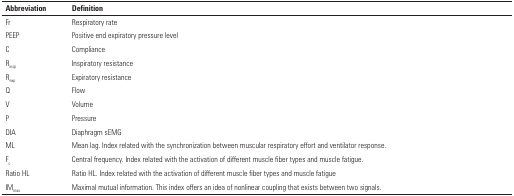
<table><thead><tr><td><b>Abbreviation</b></td><td><b>Definition</b></td></tr></thead><tbody><tr><td>Fr</td><td>Respiratory rate</td></tr><tr><td>PEEP</td><td>Positive end expiratory pressure level</td></tr><tr><td>C</td><td>Compliance</td></tr><tr><td>R<sub>insp</sub></td><td>Inspiratory resistance</td></tr><tr><td>R<sub>exp</sub></td><td>Expiratory resistance</td></tr><tr><td>Q</td><td>Flow</td></tr><tr><td>V</td><td>Volume</td></tr><tr><td>P</td><td>Pressure</td></tr><tr><td>DIA</td><td>Diaphragm sEMG</td></tr><tr><td>ML</td><td>Mean lag. Index related with the synchronizationbetween muscular respiratory effort and ventilatorresponse.</td></tr><tr><td>F<sub>c</sub></td><td>Central frequency. Index related with theactivation of different muscle fiber types and musclefatigue.</td></tr><tr><td>Ratio HL</td><td>Ratio HL. Index related with the activation ofdifferent muscle fiber types and muscle fatigue</td></tr><tr><td>IM<sub>max</sub></td><td>Maximal mutual information. This index offers anidea of nonlinear coupling that exists between two signals.</td></tr></tbody></table>